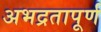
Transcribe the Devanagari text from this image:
अभद्रतापूर्ण